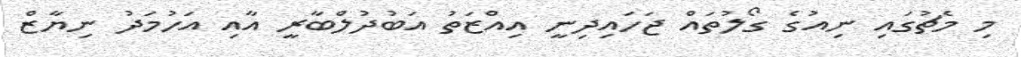
މި މެޗުގައި ނިއުގެ ގޯލުތައް ޖަހައިދިނީ އިއްޒަތު އަބުދުލްބާރީ އާއި އަހުމަދު ނިޔާޒް